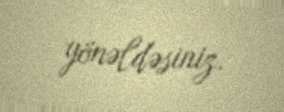
yönəldəsiniz.